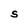
Character: S